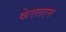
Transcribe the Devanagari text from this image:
केएलएस